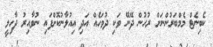
ކެބިނެޓް މެމްބަރުންނަށް ރުހުން ދޭނޭ ވަކި ދުވަހެއް އަދި އިއުލާނުކޮށްފައި ނުވާއިރު ދާހިލީ